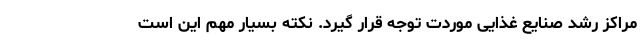
مراکز رشد صنایع غذایی موردت توجه قرار گیرد. نکته بسیار مهم این است